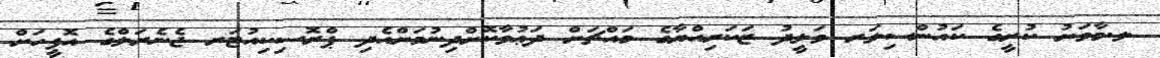
ލ.މާވަށު ކުރީގެ ކައުންސިލަރ ވަލީދު ޒަކަރިއްޔާގެ މައްޗަށް ދަޢުވާކޮށްދިނުމަށްއެދި ޕްރޮސިކިއުޓަރ ޖެނެރަލްގެ އޮފީހަށް